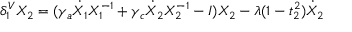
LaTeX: \delta _ { 1 } ^ { V } X _ { 2 } = ( \gamma _ { a } \dot { X } _ { 1 } X _ { 1 } ^ { - 1 } + \gamma _ { c } \dot { X } _ { 2 } X _ { 2 } ^ { - 1 } - I ) X _ { 2 } - \lambda ( 1 - t _ { 2 } ^ { 2 } ) \dot { X } _ { 2 }